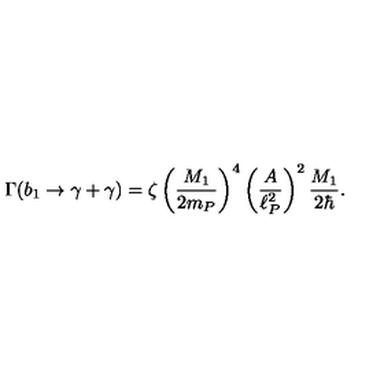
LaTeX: \Gamma ( b _ { 1 } \to \gamma + \gamma ) = \zeta \left( { \frac { M _ { 1 } } { 2 m _ { P } } } \right) ^ { 4 } \left( { \frac { A } { \ell _ { P } ^ { 2 } } } \right) ^ { 2 } { \frac { M _ { 1 } } { 2 \hbar } } .